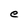
Character: e